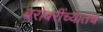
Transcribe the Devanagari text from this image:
बरोबरींच्यातच